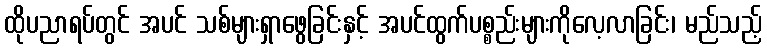
ထိုပညာရပ်တွင် အပင် သစ်များရှာဖွေခြင်းနှင့် အပင်ထွက်ပစ္စည်းများကိုလေ့လာခြင်း၊ မည်သည့်